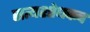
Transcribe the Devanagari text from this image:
सत्यशोधकच